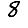
Digit: 8